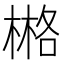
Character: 𣗛